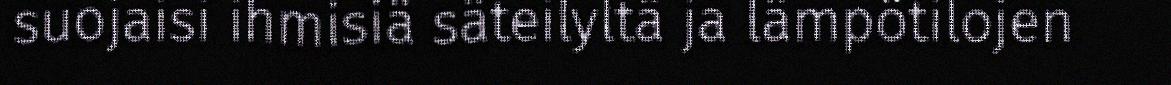
suojaisi ihmisiä säteilyltä ja lämpötilojen